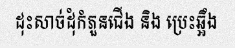
ដុះសាច់ដុំកំភួនជើង និង ប្រេះឆ្អឹង